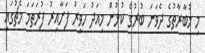
މި މުބާރާތުގެ ދެވަނަ ބުރުގެ ކުޅުން މިއަދު ހަވީރު ފަށާއިރު ފުރަތަމަ މެޗުގައި